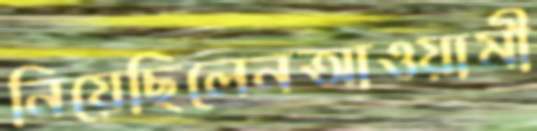
নিয়েছিলেনআওয়ামী